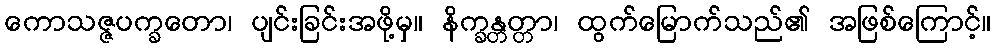
ကောသဇ္ဇပက္ခတော၊ ပျင်းခြင်းအဖို့မှ။ နိက္ခန္တတ္တာ၊ ထွက်မြောက်သည်၏ အဖြစ်ကြောင့်။